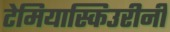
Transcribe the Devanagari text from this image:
टेमियास्किउरीनी